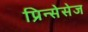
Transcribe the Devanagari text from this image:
प्रिन्सेसेज